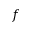
f